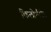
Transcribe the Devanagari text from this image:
किलोमीटेर